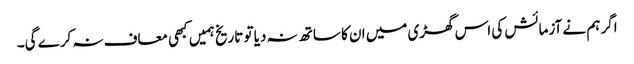
اگر ہم نے آزمائش کی اس گھڑی میں ان کا ساتھ نہ دیا تو تاریخ ہمیں کبھی معاف نہ کرے گی۔